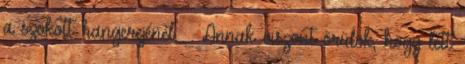
a szokott hangerejénél. – Annak viszont örülök, hogy lett